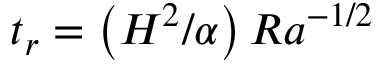
t _ { r } = \left( H ^ { 2 } / \alpha \right) R a ^ { - 1 / 2 }